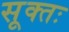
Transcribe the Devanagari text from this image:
सूक्तः